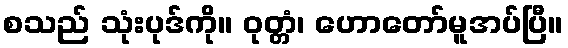
စသည် သုံးပုဒ်ကို။ ဝုတ္တံ၊ ဟောတော်မူအပ်ပြီ။